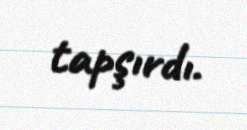
tapşırdı.